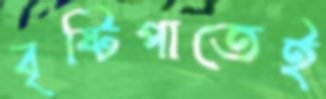
বৃষ্টিপাতেই